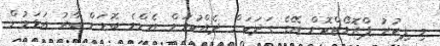
މި ފިކުރު ޕްރޮމޯޓްކޮށް އޭގެ ގަދަކަން ދެއްކުމަށް އެންމެ ބޮޑަށް ބާރު އަޅަމުން